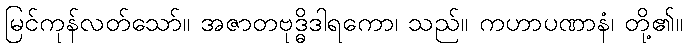
မြင်ကုန်လတ်သော်။ အဇာတဗုဒ္ဓိဒါရကော၊ သည်။ ကဟာပဏာနံ၊ တို့၏။